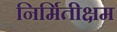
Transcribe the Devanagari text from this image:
निर्मितीक्षम